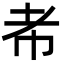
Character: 㠻